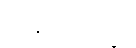
အနုပုဗ္ဗသိက္ခာ